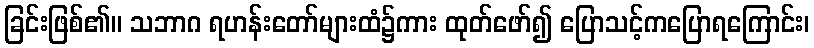
ခြင်းဖြစ်၏။ သဘာဂ ရဟန်းတော်များထံ၌ကား ထုတ်ဖော်၍ ပြောသင့်ကပြောရကြောင်း၊